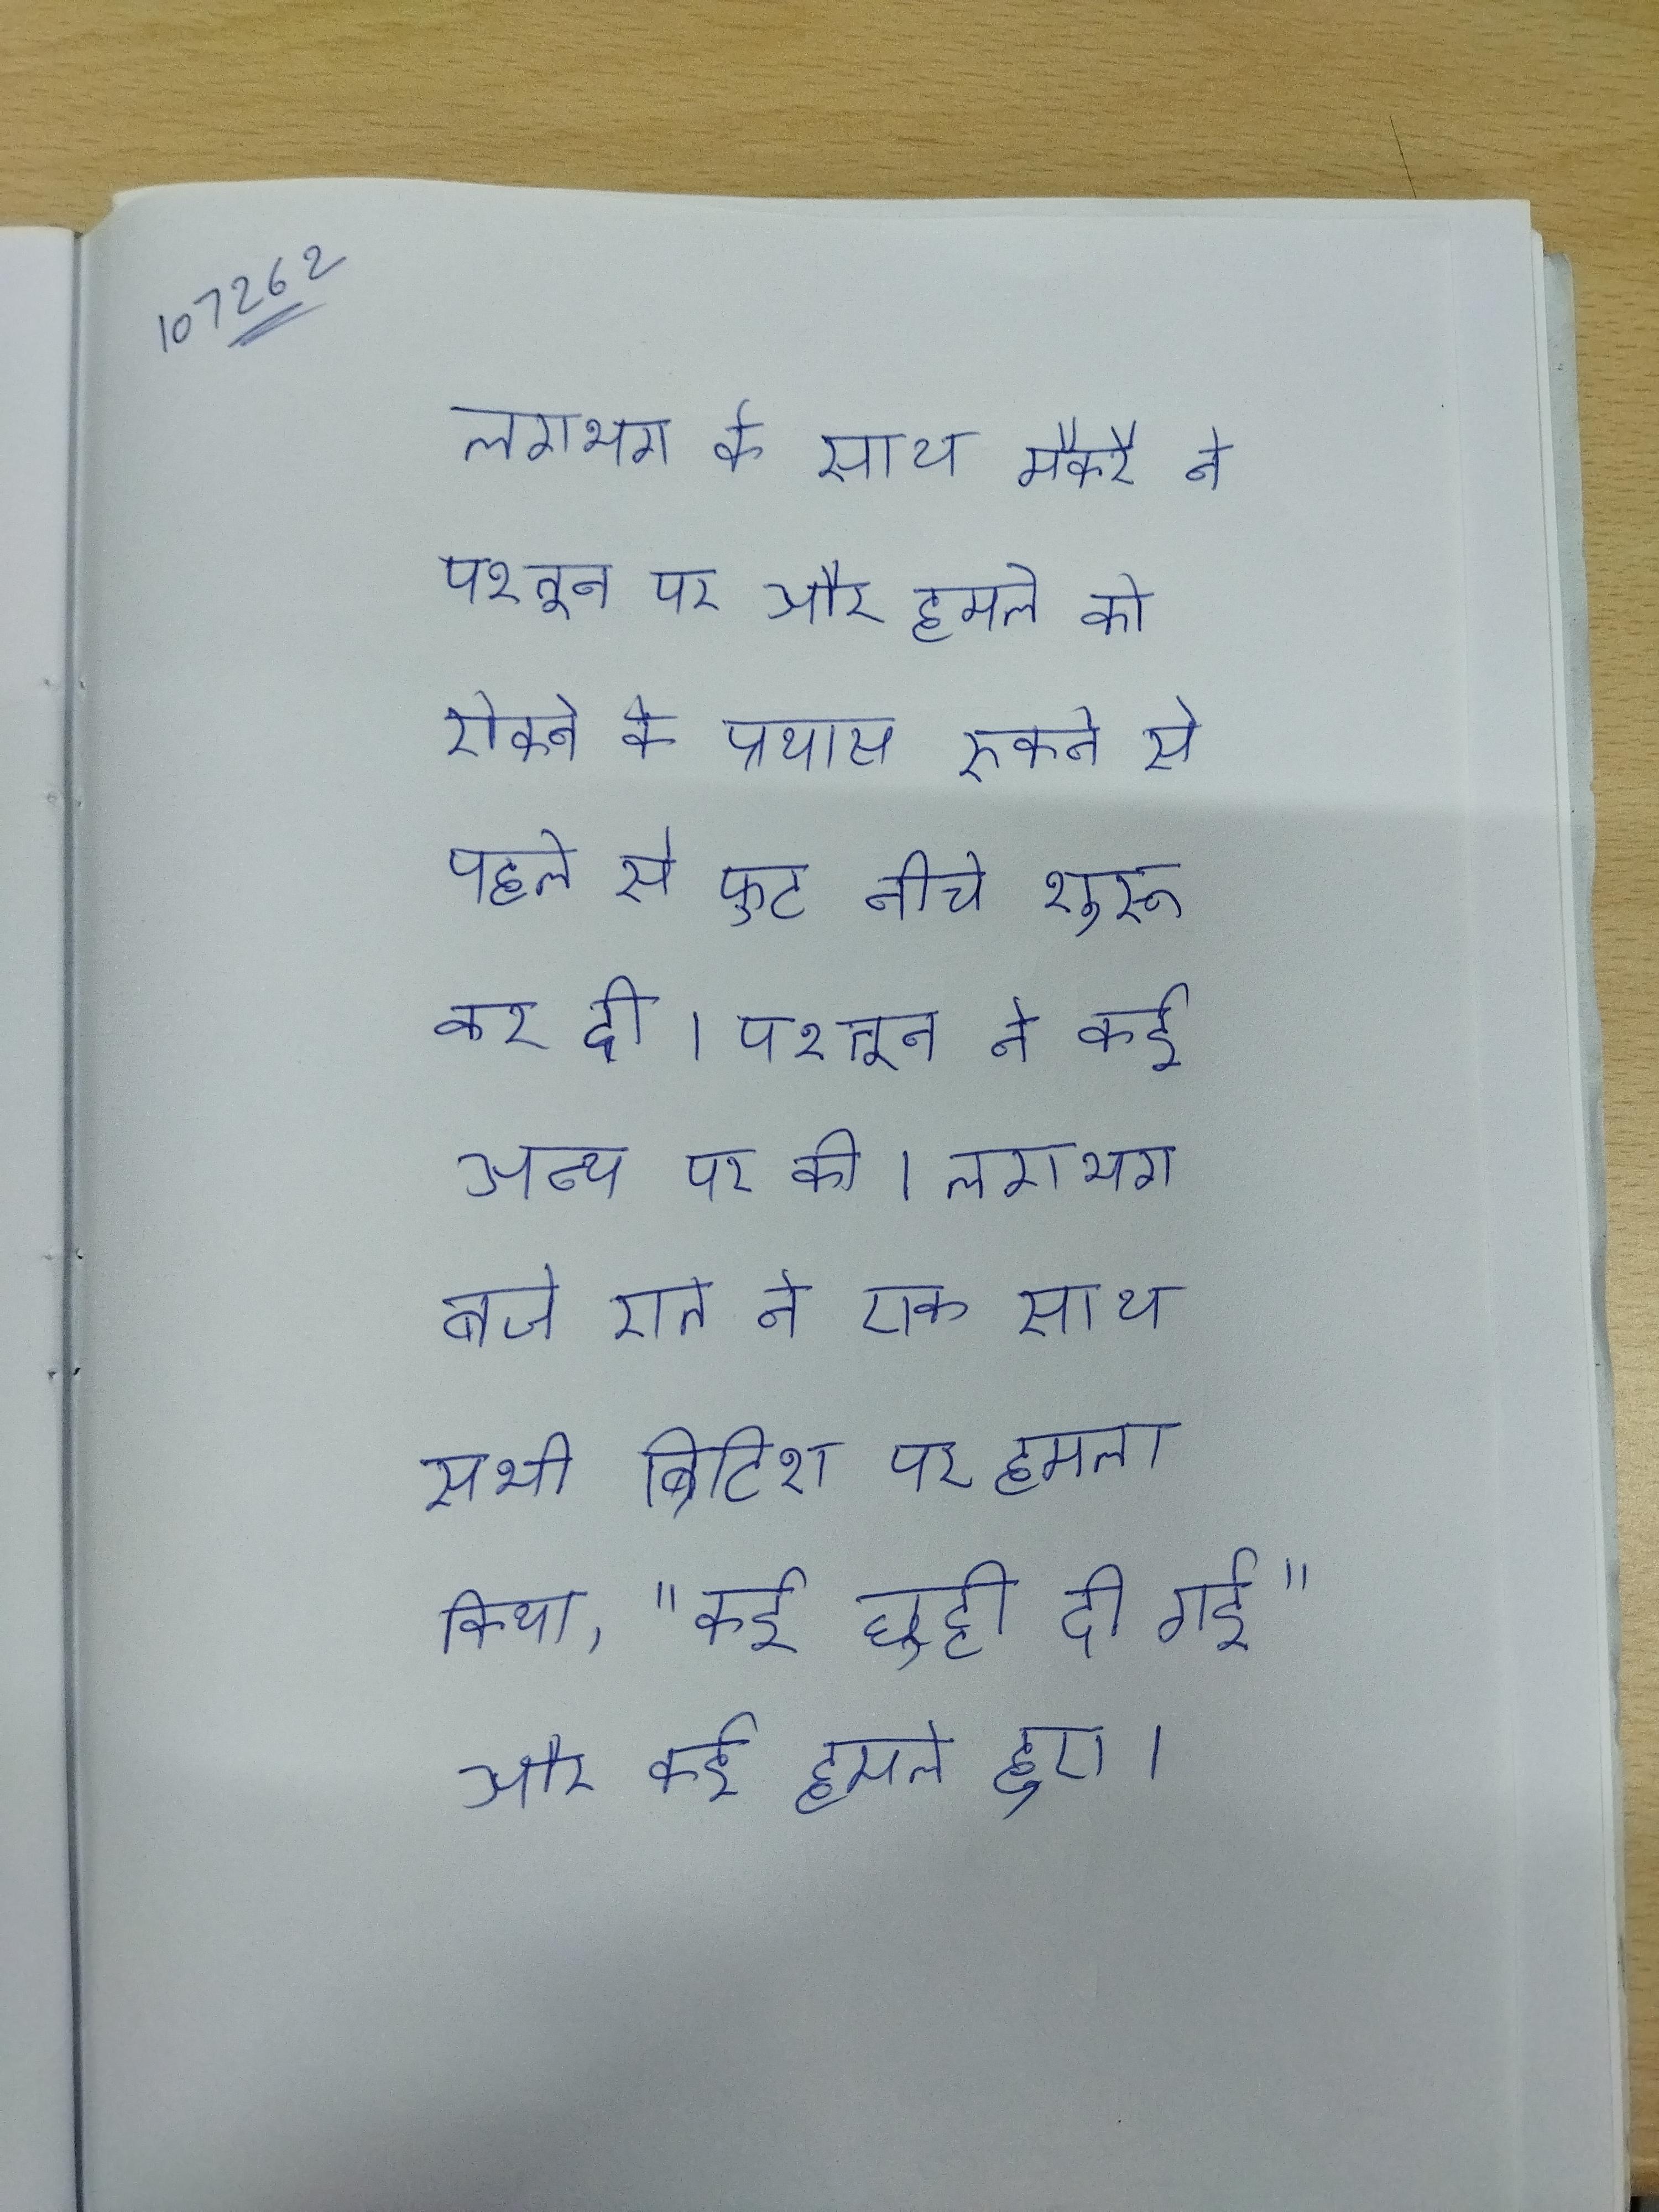
लगभग के साथ मैकरै ने पश्तून पर और हमले को रोकने के प्रयास रुकने से पहले से फुट नीचे शुरू कर दी । पश्तून ने कई अन्य पर की । लगभग बजे रात ने एक साथ सभी ब्रिटिश पर हमला किया, "कई छुट्टी दी गई" और कई हमले हुए ।